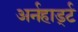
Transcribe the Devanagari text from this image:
अर्नहार्ड्ट